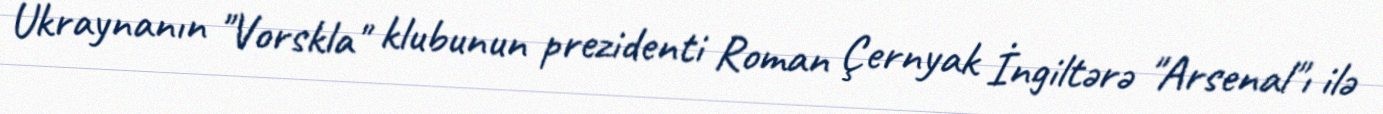
Ukraynanın "Vorskla" klubunun prezidenti Roman Çernyak İngiltərə "Arsenal"ı ilə